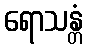
ရောသန္တံ